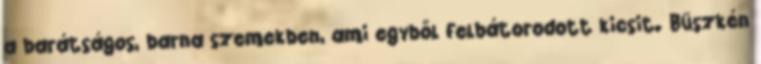
a barátságos, barna szemekben, ami egyből felbátorodott kicsit. Büszkén